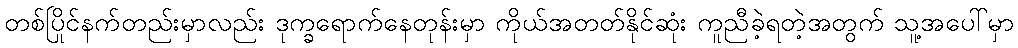
တစ်ပြိုင်နက်တည်းမှာလည်း ဒုက္ခရောက်နေတုန်းမှာ ကိုယ်အတတ်နိုင်ဆုံး ကူညီခဲ့ရတဲ့အတွက် သူ့အပေါ်မှာ